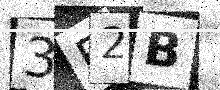
Text: 3F2B